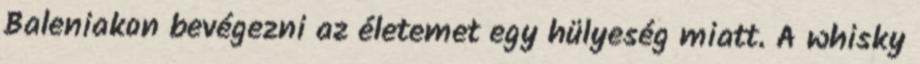
Baleniakon bevégezni az életemet egy hülyeség miatt. A whisky